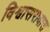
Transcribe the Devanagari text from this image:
विश्वासरावास